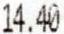
14.40